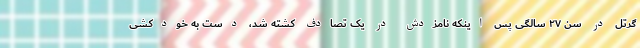
گرتل در سن ۲۷ سالگی پس اینکه نامزدش در یک تصادف کشته شد، دست به خودکشی